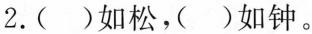
2. ( )如松，( )如钟。